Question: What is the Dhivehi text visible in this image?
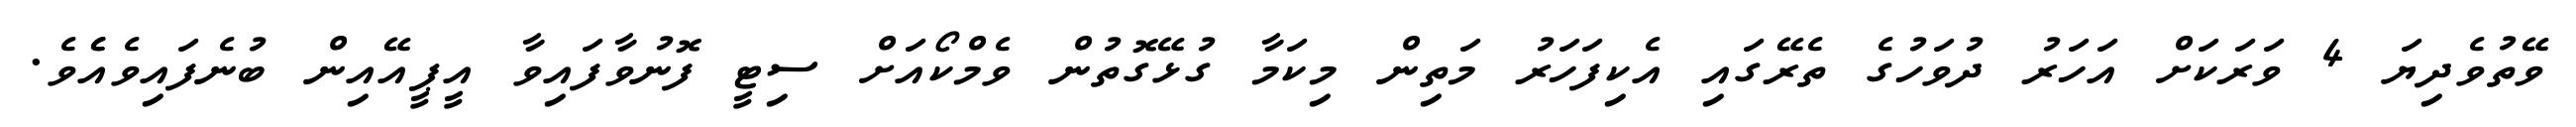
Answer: ވޭތުވެދިޔަ 4 ވަރަކަށް އަހަރު ދުވަހުގެ ތެރޭގައި އެކިފަހަރު މަތިން މިކަމާ ގުޅޭގޮތުން ވެމްކޯއަށް ސިޓީ ފޮނުވާފައިވާ އީޕީއޭއިން ބުނެފައިވެއެެވެ.